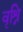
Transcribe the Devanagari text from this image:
वृश्नि